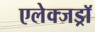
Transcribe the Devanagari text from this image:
एलेक्जड्राॅ